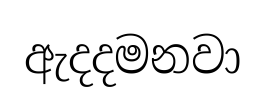
ඇදදමනවා